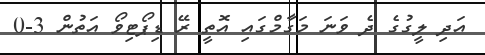
އަދި ލީގުގެ ދެ ވަނަ މަގާމްގައި އޮތީ ރޭ ޑިޕޯޓިވޯ އަތުން 3-0